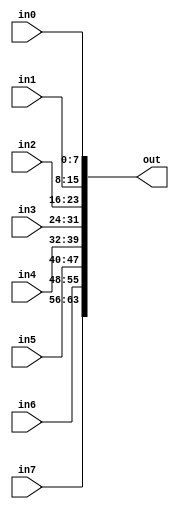
module TC_Maker64 (in0, in1, in2, in3, in4, in5, in6, in7, out);
    parameter UUID = 0;
    parameter NAME = "";
    input [7:0] in0;
    input [7:0] in1;
    input [7:0] in2;
    input [7:0] in3;
    input [7:0] in4;
    input [7:0] in5;
    input [7:0] in6;
    input [7:0] in7;
    output [63:0] out;
    
    assign out = {in7, in6, in5, in4, in3, in2, in1, in0};
endmodule